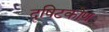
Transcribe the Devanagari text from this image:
दृषिटकोण